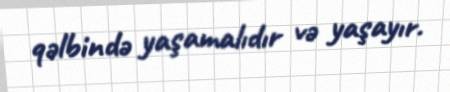
qəlbində yaşamalıdır və yaşayır.